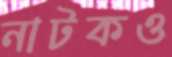
নাটকও